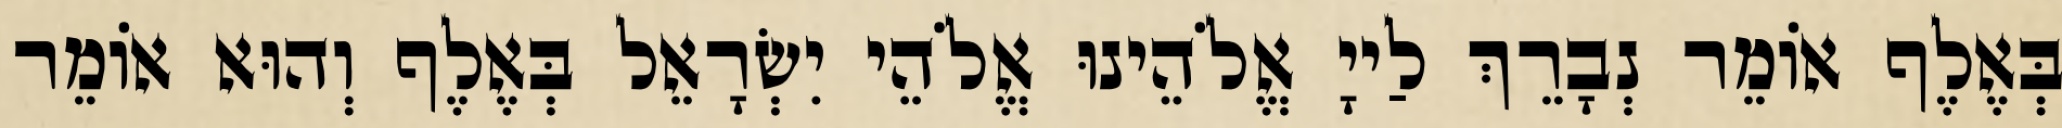
בְּאֶלֶף אוֹמֵר נְבָרֵךְ לַייָ אֱלֹהֵינוּ אֱלֹהֵי יִשְׂרָאֵל בְּאֶלֶף וְהוּא אוֹמֵר